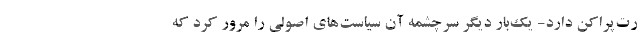
رت‌پراکن دارد- یک‌بار دیگر سرچشمه آن سیاست‌های اصولی را مرور کرد که